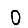
Digit: 0